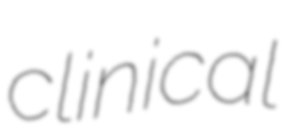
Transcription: clinical